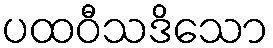
ပထဝီသဒိသော